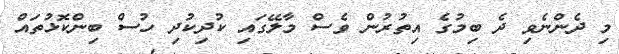
މި ދެންނެވި ދެ ބިމުގެ އިތުރުން ވެސް މާލޭގައި ކުދިކުދި ހުސް ބިންކޮޅުތައް